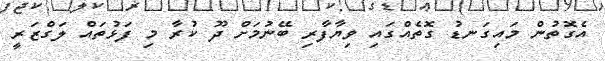
އެގޮތުން މައިގަނޑު ގޮތެއްގައި ވިޔާފާރި ބޭނުމަށް ދޫ ކުރާ މި ފަޅުތައް ލަގްޒަރީ